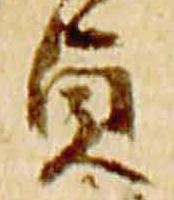
貞